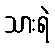
သားရဲ